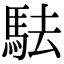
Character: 䮃